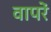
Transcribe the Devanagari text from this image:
वापरें